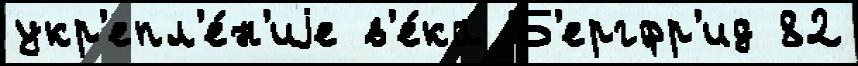
укр'епл'е́н'иjе в'е́ка Б'ергфр'ид 82